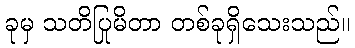
ခုမှ သတိပြုမိတာ တစ်ခုရှိသေးသည်။